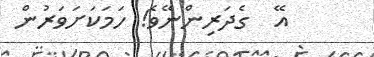
އޭ  ގެދަރިންނޭވެ! ހަމަކަށަވަރުން